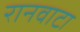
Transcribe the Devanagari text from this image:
रानवाटा